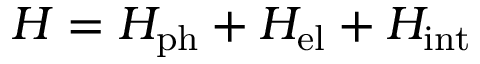
H = H _ { \mathrm { p h } } + H _ { \mathrm { e l } } + H _ { \mathrm { i n t } }